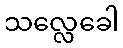
သလ္လေခေါ